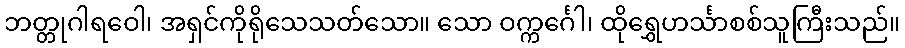
ဘတ္တုဂါရဝေါ၊ အရှင်ကိုရိုသေသတ်သော။ သော ဝက္ကင်္ဂေါ၊ ထိုရွှေဟင်္သာစစ်သူကြီးသည်။